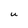
Character: U